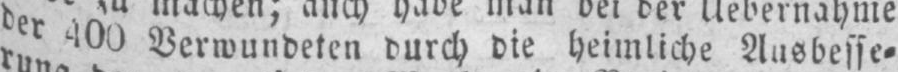
der 400 Verwundeten durch die heimliche Ausbesse⸗